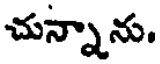
చున్నాను.